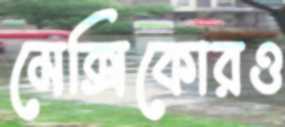
মেক্সিকোরও